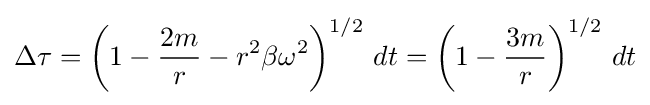
\Delta \tau =\left(1-{\frac {2m}{r}}-r^{2}\beta \omega ^{2}\right)^{1/2}\,dt=\left(1-{\frac {3m}{r}}\right)^{1/2}\,dt